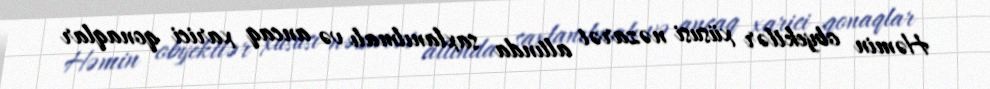
Həmin obyektlər xüsusi nəzarət altında saxlanılmalı və ancaq xarici qonaqlar